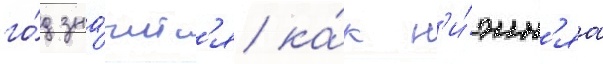
го́д зна́читс'я ка́к н'и́жн'яа